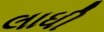
લાધી